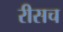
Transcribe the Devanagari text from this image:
रीसच